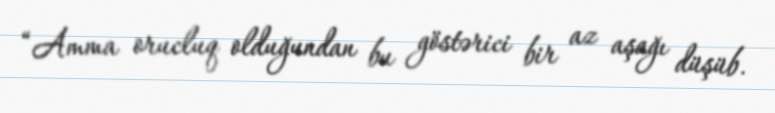
“Amma orucluq olduğundan bu göstərici bir az aşağı düşüb.